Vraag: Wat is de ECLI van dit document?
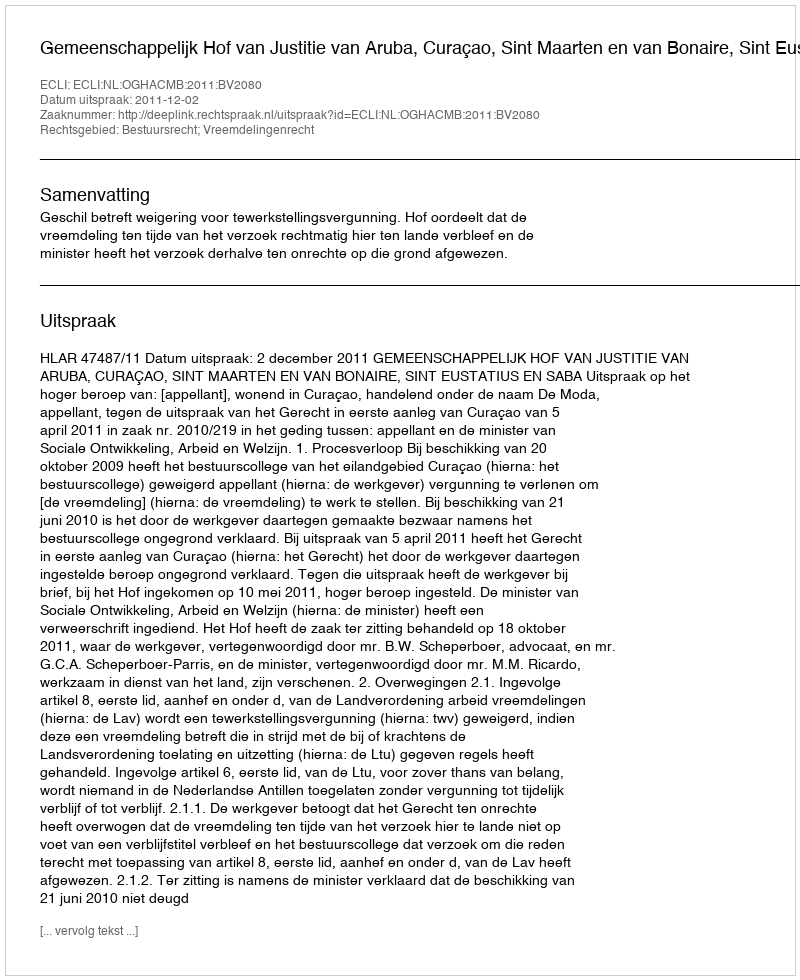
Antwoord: ECLI:NL:OGHACMB:2011:BV2080